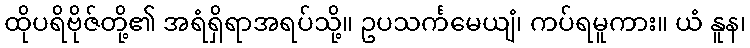
ထိုပရိဗိုဇ်တို့၏ အရံရှိရာအရပ်သို့။ ဥပသင်္ကမေယျံ၊ ကပ်ရမူကား။ ယံ နူန၊